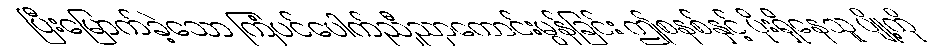
ပြီးမြောက်ခဲ့သော ကြံပင်ပေါက်ညီညာကောင်းမွန်ခြင်း ဤစနစ်နှင့် ပိုးရှိနေသူ ပျို့ကို